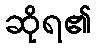
ဆိုရ၏